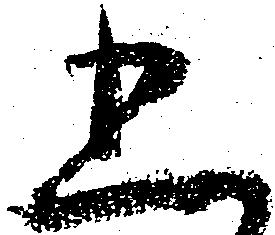
五